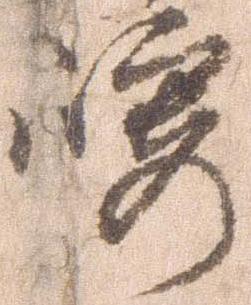
崎